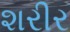
શરીર